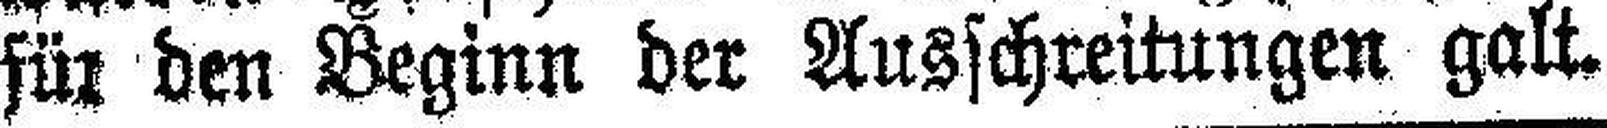
für den Beginn der Ausschreitungen galt.